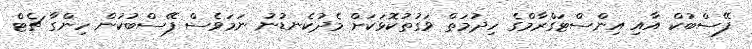
ފޭސްބުކް އާއި އިންސްޓަގްރާމްގެ ހިދުމަތް ވަގުތުކޮޅަކަށް މެދުކެނޑުނު ނަމަވެސް ފޭސްބުކުން ހިންގާ ޗެޓް